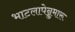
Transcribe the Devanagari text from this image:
भाटलापेन्नुमारू